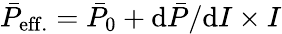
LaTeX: \bar{P}_{\mathrm{eff.}}=\bar{P}_{\mathrm{0}}+\mathrm{d}\bar{P}/\mathrm{d}I\times I